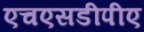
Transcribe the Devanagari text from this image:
एचएसडीपीए